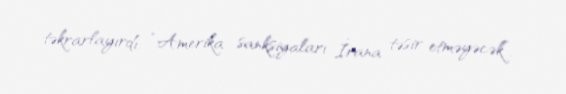
təkrarlayırdı: “Amerika sanksiyaları İrana təsir etməyəcək”.